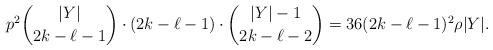
LaTeX: \begin{align*}p^2 \binom{|Y|}{2k-\ell-1}\cdot (2k-\ell-1)\cdot \binom{|Y|-1}{2k-\ell-2}=36(2k-\ell-1)^2 {\rho} |Y|.\end{align*}